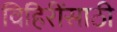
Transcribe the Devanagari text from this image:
विहिरींसाठी